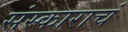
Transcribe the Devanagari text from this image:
संस्काराचं